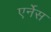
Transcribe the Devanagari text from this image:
एर्नेस